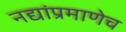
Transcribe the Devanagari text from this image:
नद्यांप्रमाणेच